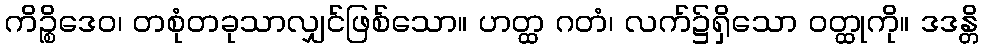
ကိဉ္စိဒေဝ၊ တစုံတခုသာလျှင်ဖြစ်သော။ ဟတ္ထ ဂတံ၊ လက်၌ရှိသော ဝတ္ထုကို။ ဒဒန္တိ